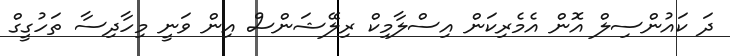
ދަ ކައުންސިލް އޮން އެމެރިކަން އިސްލާމިކް ރިލޭޝަންސް އިން ވަނީ މިހާދިސާ ތަހުގީގް